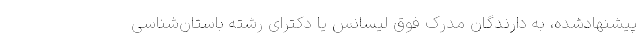
پیشنهادشده، به دارندگان مدرک فوق لیسانس یا دکترای رشته باستان‌شناسی